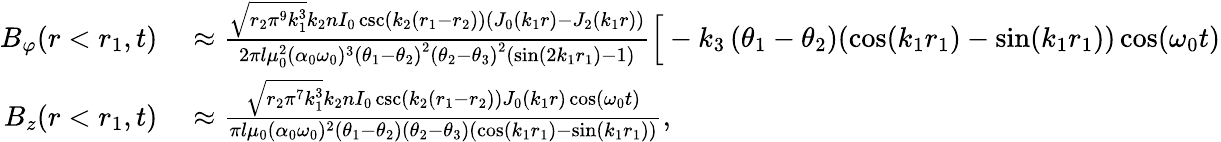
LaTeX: \begin{array}{rl}{B_{\varphi}(r<r_{1},t)}&{{}\approx\frac{\sqrt{r_{2}\pi^{9}k_{1}^{3}}k_{2}nI_{0}\csc(k_{2}(r_{1}-r_{2}))(J_{0}(k_{1}r)-J_{2}(k_{1}r))}{2\pi l\mu_{0}^{2}(\alpha_{0}\omega_{0})^{3}\left(\theta_{1}-\theta_{2}\right)^{2}\left(\theta_{2}-\theta_{3}\right)^{2}(\sin(2k_{1}r_{1})-1)}\Big[-k_{3}\left(\theta_{1}-\theta_{2}\right)(\cos(k_{1}r_{1})-\sin(k_{1}r_{1}))\cos(\omega_{0}t)}\\ {B_{z}(r<r_{1},t)}&{{}\approx\frac{\sqrt{r_{2}\pi^{7}k_{1}^{3}}k_{2}nI_{0}\csc(k_{2}(r_{1}-r_{2}))J_{0}(k_{1}r)\cos(\omega_{0}t)}{\pi l\mu_{0}(\alpha_{0}\omega_{0})^{2}\left(\theta_{1}-\theta_{2}\right)\left(\theta_{2}-\theta_{3}\right)(\cos(k_{1}r_{1})-\sin(k_{1}r_{1}))},}\end{array}